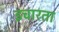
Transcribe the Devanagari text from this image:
इचारता